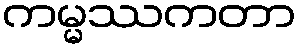
ကမ္မဿကတာ